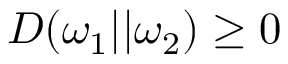
D ( \omega _ { 1 } | | \omega _ { 2 } ) \geq 0